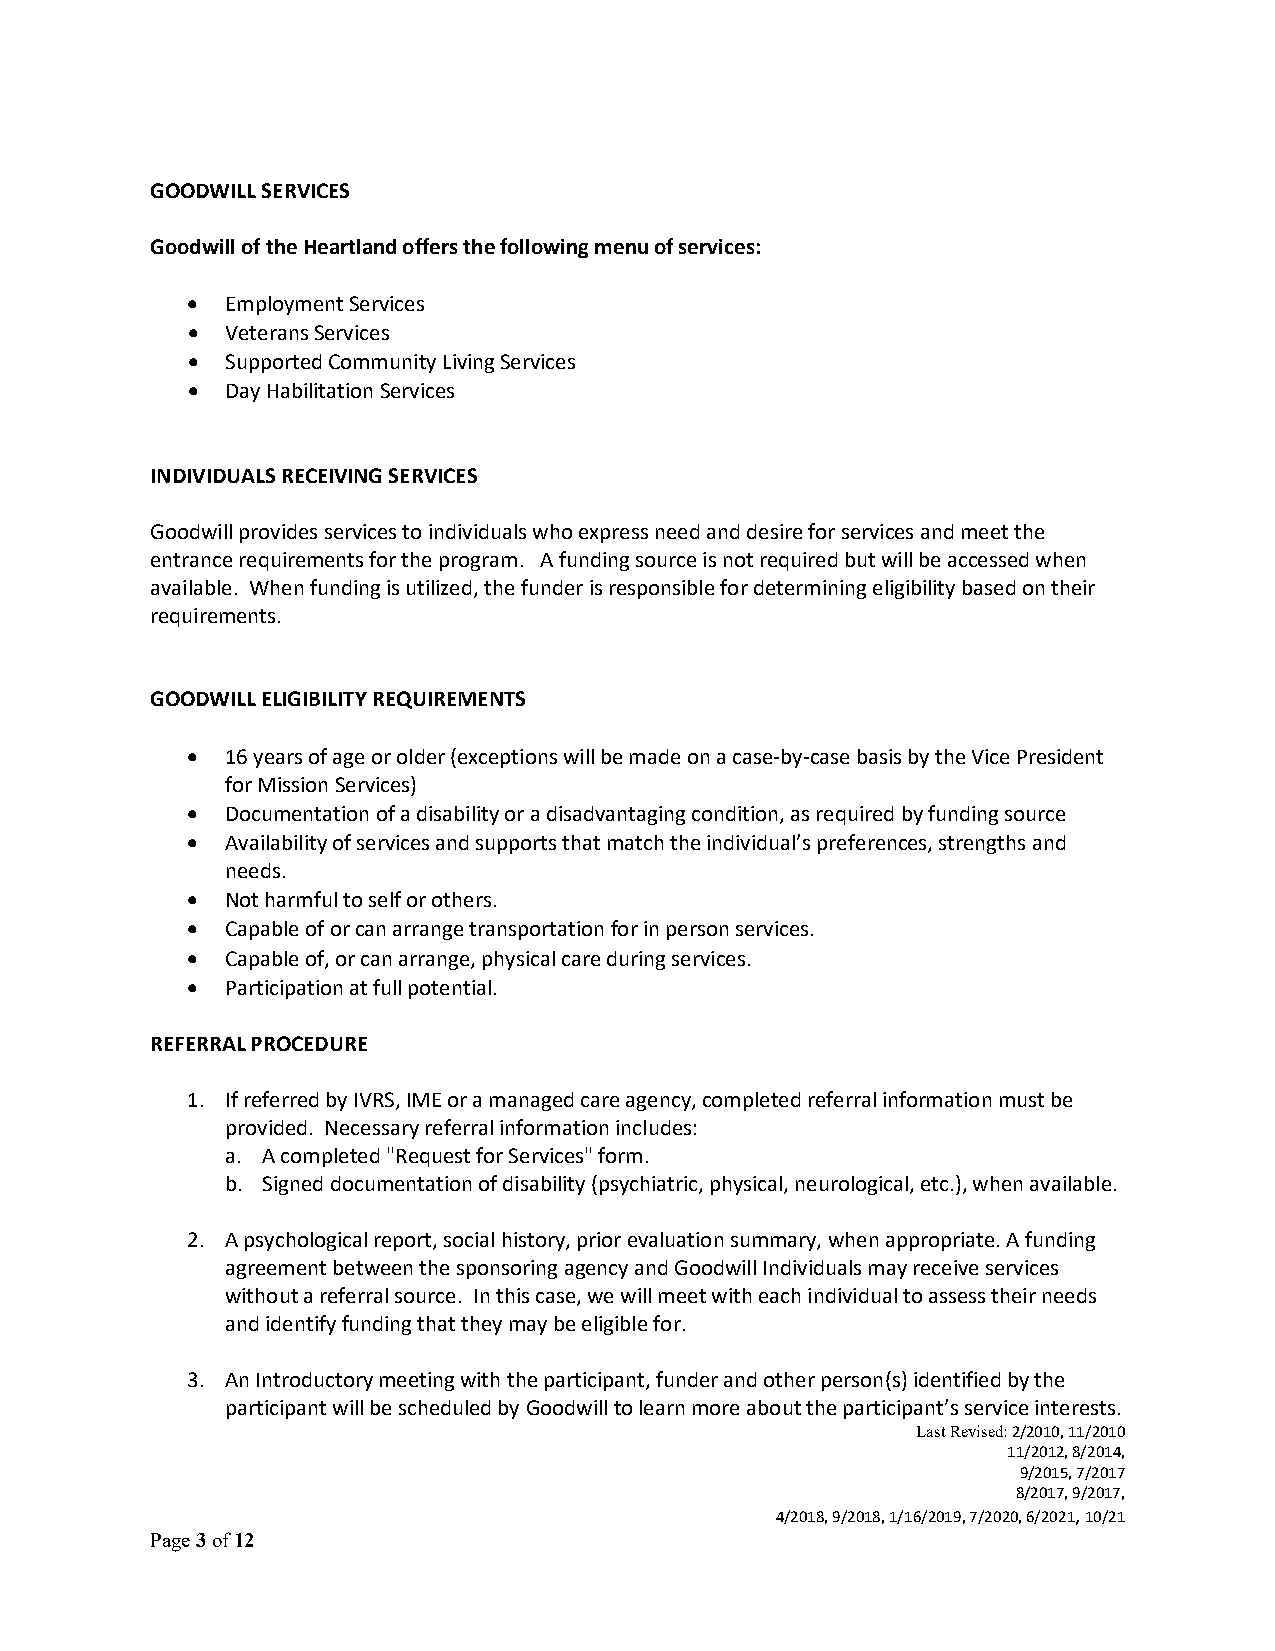
GOODWILL SERVICES
 Goodwill of the Heartland offers the following menu of services:
 •  Employment Services
 •  Veterans Services
 •  Supported Community Living Services
 •  Day Habilitation Services
 INDIVIDUALS RECEIVING SERVICES
 Goodwill provides services to individuals who express need and desire for services and meet the
 entrance requirements for the program. A funding source is not required but will be accessed when
 available. When funding is utilized, the funder is responsible for determining eligibility based on their
 requirements.
 GOODWILL ELIGIBILITY REQUIREMENTS
 •  16 years of age or older (exceptions will be made on a case-by-case basis by the Vice President
 for Mission Services)
 •  Documentation of a disability or a disadvantaging condition, as required by funding source
 •  Availability of services and supports that match the individual’s preferences, strengths and
 needs.
 •  Not harmful to self or others.
 •  Capable of or can arrange transportation for in person services.
 •  Capable of, or can arrange, physical care during services.
 •  Participation at full potential.
 REFERRAL PROCEDURE
 1. If referred by IVRS, IME or a managed care agency, completed referral information must be
 provided. Necessary referral information includes:
 a. A completed "Request for Services" form.
 b. Signed documentation of disability (psychiatric, physical, neurological, etc.), when available.
 2. A psychological report, social history, prior evaluation summary, when appropriate. A funding
 agreement between the sponsoring agency and Goodwill Individuals may receive services
 without a referral source. In this case, we will meet with each individual to assess their needs
 and identify funding that they may be eligible for.
 3. An Introductory meeting with the participant, funder and other person(s) identified by the
 participant will be scheduled by Goodwill to learn more about the participant’s service interests.
 Last Revised: 2/2010, 11/2010
 11/2012, 8/2014,
 9/2015, 7/2017
 8/2017, 9/2017,
 4/2018, 9/2018, 1/16/2019, 7/2020, 6/2021, 10/21
 Page 3 of 12